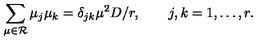
\sum _ { \mu \in { \cal R } } \mu _ { j } \mu _ { k } = \delta _ { j k } \mu ^ { 2 } D / r , \qquad j , k = 1 , \ldots , r .